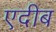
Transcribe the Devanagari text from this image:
एदीब